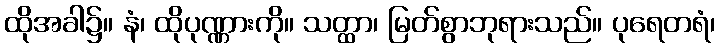
ထိုအခါ၌။ နံ၊ ထိုပုဏ္ဏားကို။ သတ္ထာ၊ မြတ်စွာဘုရားသည်။ ပုရေတရံ၊